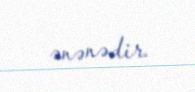
ənənədir.